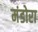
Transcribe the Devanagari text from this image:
मंडोरा